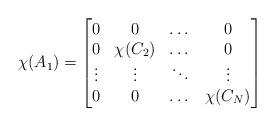
LaTeX: \begin{align*}\chi(A_1) = \begin{bmatrix}0 & 0& \dots & 0 \\0& \chi(C_2) & \dots & 0 \\\vdots& \vdots& \ddots & \vdots \\0& 0& \dots& \chi(C_N) \end{bmatrix}\end{align*}